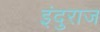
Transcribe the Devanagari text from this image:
इंदुराज